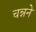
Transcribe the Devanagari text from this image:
चन्नने